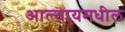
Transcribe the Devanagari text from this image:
आल्तायमधील